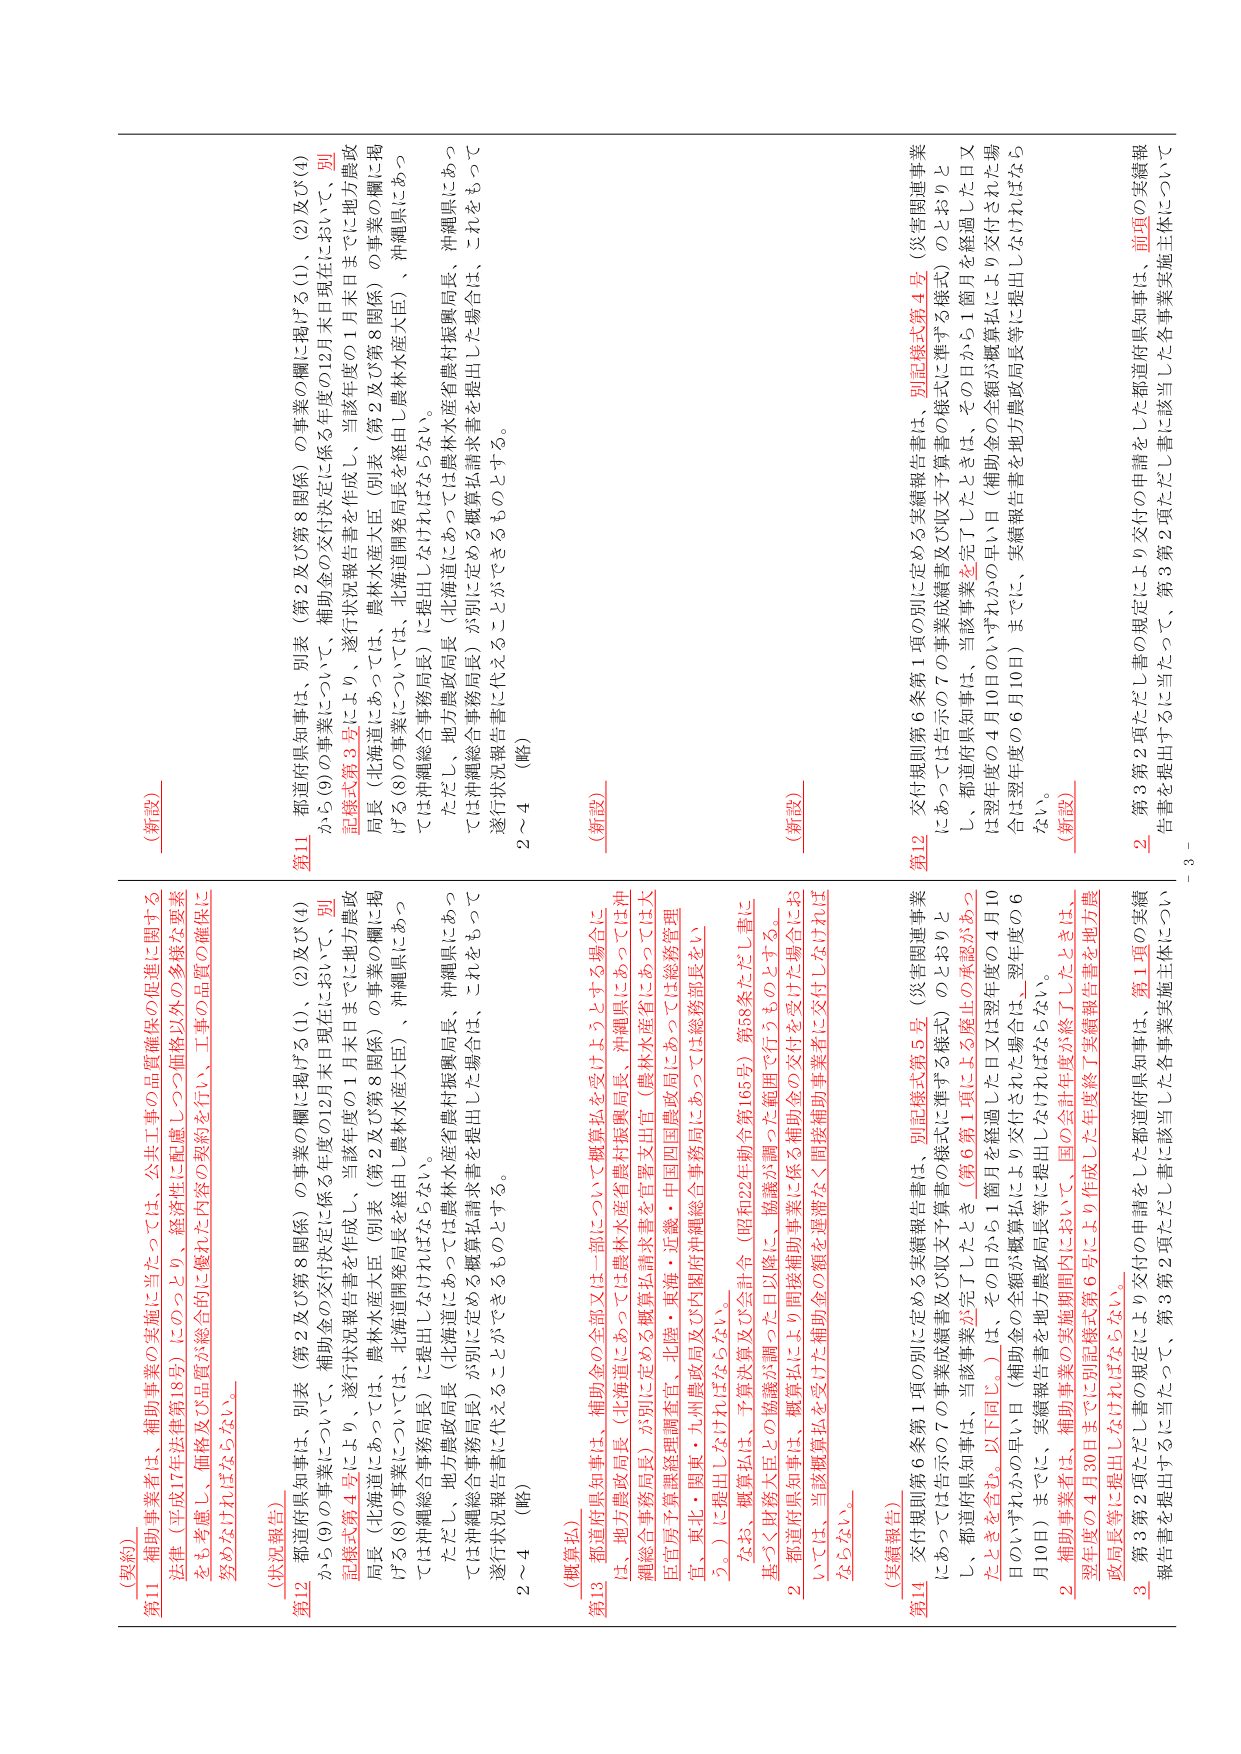
(契約)
第11 補助事業者は、補助事業の実施に当たっては、公共工事の品質確保の促進に関する
法律（平成17年法律第18号）にのっとり、経済性に配慮しつつ価格以外の多様な要素
をも考慮し、価格及び品質が総合的に優れた内容の契約を行い、工事の品質の確保に
努めなければならない。

(新設)

(状況報告)
第12 都道府県知事は、補助金の交付決定に係る年度の12月末日現在において、別
表（第2及び第8関係）の事業の欄に掲げる(1)、(2)及び(4)
記録式第4号により、遂行状況報告書を作成し、当該年度の1月末日までに地方農政
局長（北海道にあっては、農林水産大臣（別表（第2及び第8関係）の事業の欄に掲
げる(8)の事業にあっては、北海道開発局長を経由し農林水産大臣）、沖縄県にあっ
ては沖縄総合事務局長）に提出しなければならない。
ただし、地方農政局長（北海道にあっては農林水産省農村振興局長、沖縄県にあっ
ては沖縄総合事務局長）が別に定める概算払請求書を提出した場合は、これをもって
遂行状況報告書に代えるものとする。
(略)
2～4

第11 都道府県知事は、別表（第2及び第8関係）の事業の欄に掲げる(1)、(2)及び(4)
から(9)の事業について、補助金の交付決定に係る年度の12月末日現在において、別
記録式第3号により、遂行状況報告書を作成し、当該年度の1月末日までに地方農政
局長（北海道にあっては、農林水産大臣（別表（第2及び第8関係）の事業の欄に掲
げる(8)の事業にあっては、北海道開発局長を経由し農林水産大臣）、沖縄県にあっ
ては沖縄総合事務局長）に提出しなければならない。
ただし、地方農政局長（北海道にあっては農林水産省農村振興局長、沖縄県にあっ
ては沖縄総合事務局長）が別に定める概算払請求書を提出した場合は、これをもって
遂行状況報告書に代えるものとする。
(略)
2～4

(概算払)
第13 都道府県知事は、補助金の全部又は一部について概算払を受けようとする場合に
は、地方農政局長（北海道にあっては農林水産省農村振興局長、沖縄県にあっては沖
縄総合事務局長）が別に定める概算払請求書を早急に提出する。
官、東北・関東・九州農政局及び内閣府沖縄総合事務局にあっては総務管理
(略)
なお、概算払は、予算決算及び会計令（昭和22年勅令第165号）第58条ただし書に
基づく財務大臣との協議が調った日以後に、協議が行うものとする。
2 都道府県知事は、概算払により間接補助事業に係る補助金の交付を受ける場合にお
いては、当該概算払を受けた補助金の額を遅滞なく間接補助事業者に交付しなければ
ならない。

(新設)

(実績報告)
第14 交付規則第6条第1項の別に定める実績報告書は、別記様式第5号（災害関連事業
にあっては告示の7の事業成績書及び収支予算書の様式に準ずる様式）のとおりと
し、都道府県知事は、当該事業が完了したとき（第6第1項による廃止の承認があっ
たときを含む。以下同じ。）は、その日から1箇月を経過した日又は翌年度の4月10
日のいずれか早い日（補助金の全額が概算払により交付された場
合は翌年度の6月10日）までに、実績報告書を地方農政局長等に提出しなければなら
ない。
2 補助事業者は、補助事業の実施期間内において、国の会計年度が終了したときは、
翌年度の4月30日までに別記様式第6号により作成した実績報告書を地方農
政局長等に提出しなければならない。

(新設)

第12 交付規則第6条第1項の別に定める実績報告書は、別記様式第4号（災害関連事業
にあっては告示の7の事業成績書及び収支予算書の様式に準ずる様式）のとおりと
し、都道府県知事は、当該事業が完了したときは、その日から1箇月を経過した日又
は翌年度の4月10日のいずれか早い日（補助金の全額が概算払により交付された場
合は翌年度の6月10日）までに、実績報告書を地方農政局長等に提出しなければなら
ない。
(新設)

2 第3第2項ただし書の規定により交付の申請をした都道府県知事は、前項の実績報
告書を提出するに当たって、第3第2項ただし書に該当した各事業実施主体について
3 第3第2項ただし書の規定により交付の申請をした都道府県知事は、第1項の実績
報告書を提出するに当たって、第3第2項ただし書に該当した各事業実施主体につい

- 3 -